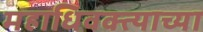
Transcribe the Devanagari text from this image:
महाधिवक्त्याच्या